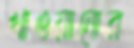
খাওয়ানোর